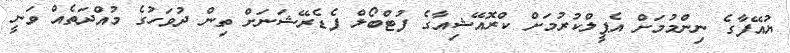
ޔުއޭފާގެ ނިންމުމަށް އެޕީލްކުރުމަށް ކްރޮއޭޝިއާގެ ފުޓްބޯލް ފެޑެރޭޝަނަށް ތިން ދުވަހުގެ މުއްދަތެއް ވަނީ